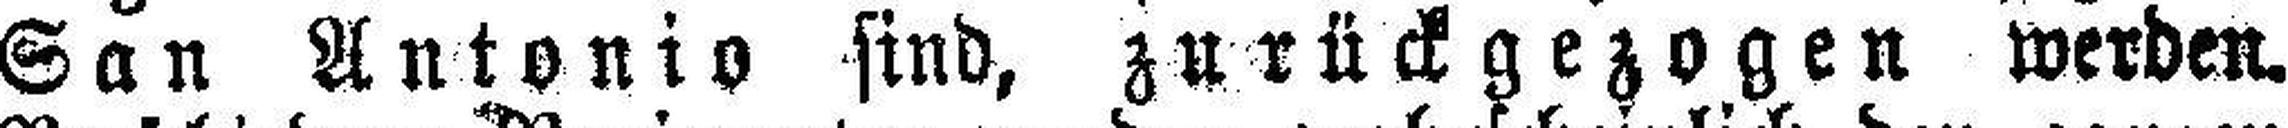
San Antonio sind, zurückgezogen werden.